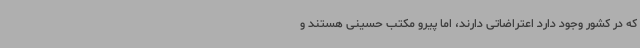
که در کشور وجود دارد اعتراضاتی دارند، اما پیرو مکتب حسینی هستند و